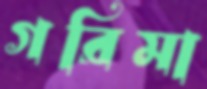
গরিমা